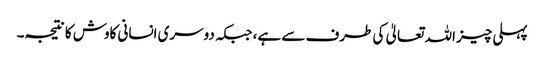
پہلی چیز اللہ تعالیٰ کی طرف سے ہے، جبکہ دوسری انسانی کاوش کا نتیجہ۔